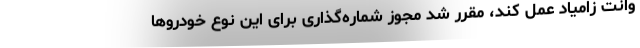
وانت زامیاد عمل کند، مقرر شد مجوز شماره‌گذاری برای اين نوع خودروها